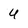
Character: U